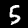
Digit: 5